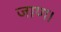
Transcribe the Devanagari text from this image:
जाण।